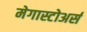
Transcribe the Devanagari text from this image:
मेगास्टोअर्स